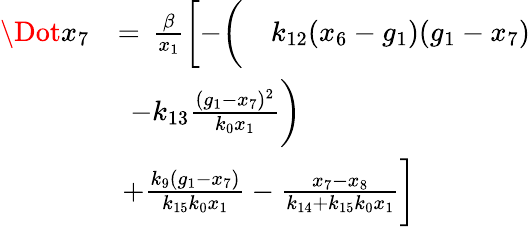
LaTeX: \begin{array}{rl}{\Dot{x}_{7}}&{=\, \frac{\beta}{x_{1}}\biggl[-\biggl(\quad k_{12}(x_{6}-g_{1})(g_{1}-x_{7})}\\ &{\, \; -k_{13}\frac{(g_{1}-x_{7})^{2}}{k_{0}x_{1}}\biggr)}\\ &{\, +\frac{k_{9}(g_{1}-x_{7})}{k_{15}k_{0}x_{1}}-\frac{x_{7}-x_{8}}{k_{14}+k_{15}k_{0}x_{1}}\biggr]}\end{array}